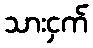
သားငှက်